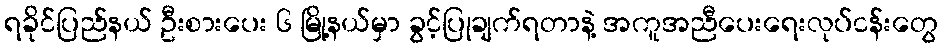
ရခိုင်ပြည်နယ် ဦးစားပေး ၆ မြို့နယ်မှာ ခွင့်ပြုချက်ရတာနဲ့ အကူအညီပေးရေးလုပ်ငန်းတွေ